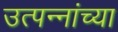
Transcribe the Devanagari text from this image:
उत्पन्नांच्या